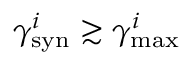
\gamma _ { \mathrm { s y n } } ^ { i } \gtrsim \gamma _ { \mathrm { m a x } } ^ { i }